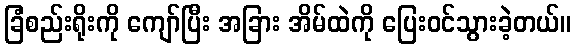
ခြံစည်းရိုးကို ကျော်ပြီး အခြား အိမ်ထဲကို ပြေးဝင်သွားခဲ့တယ်။